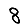
Digit: 8